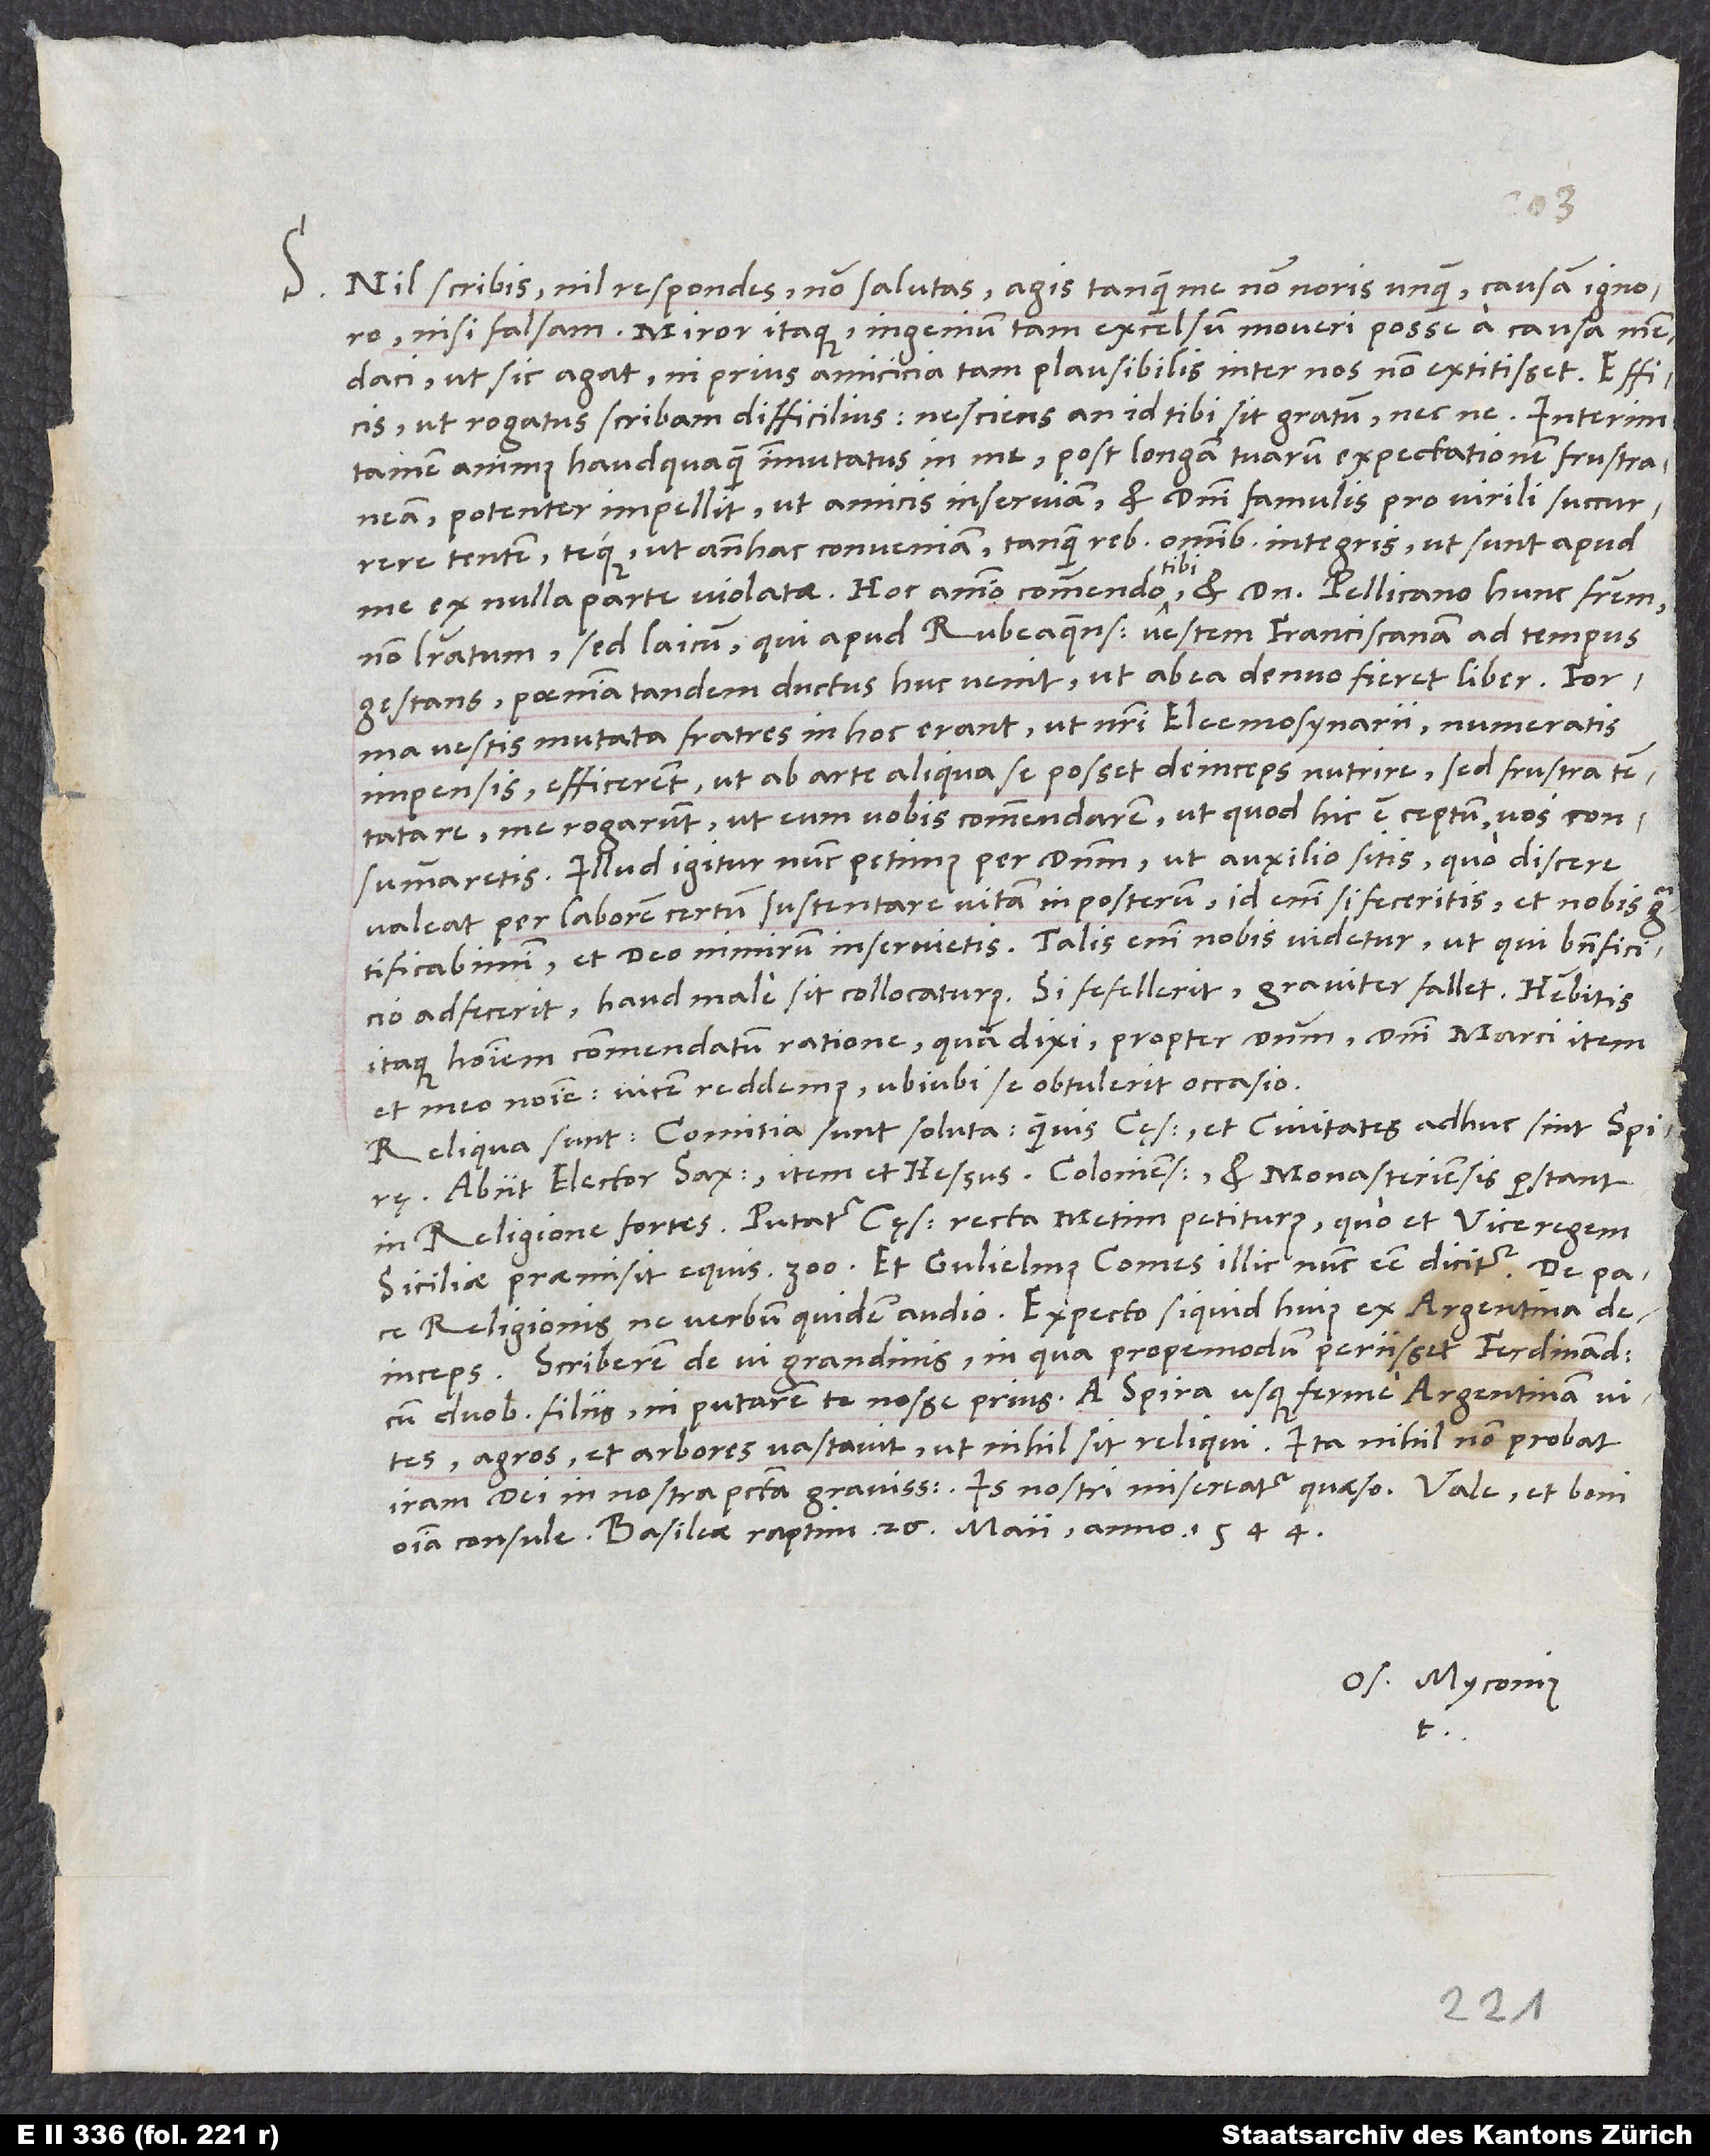
S. Nil scribis, nil respondes, non salutas; agis, tanquam me non noris unquam.
nisi falsam. Miror itaque ingenium tam excelsum moveri posse a causa mendaci,
ut sic agat, ni prius amicicia tam plausibilis inter nos non extitisset. Efficis,
ut rogatus scribam difficilius nesciens, an id tibi sit gratum nec ne.
tamen animus, haudquaquam immutatus in me post longam tuarum expectationem frustraneam,
potenter impellit, ut amicis inserviam et domini famulis pro virili succurrere
tentem teque ut antehac conveniam, tanquam rebus omnibus integris, ut sunt apud
tibi
non literatum, sed laicum, qui apud Rubeaquenses vestem Franciscanam ad tempus
gestans poenitentia tandem ductus huc venit, ut ab ea denuo fieret liber.
vestis mutata fratres in hoc erant, ut nostri eleemosynarii numeratis
impensis efficerent, ut ab arte aliqua se posset deinceps nutrire, sed frustra tentata
re me rogarunt, ut eum vobis commendarem, ut, quod hic est ceptum, vos consummaretis.
Illud igitur nunc petimus per dominum, ut auxilio sitis, quo discere
valeat per laborem certum sustentare vitam in posterum; id enim si feceritis, et nobis
gratificabimini et deo nimirum inservietis. Talis enim nobis videtur, ut, qui beneficio
adfecerit, haud male sit collocaturus; si fefellerit, graviter fallet. Habebitis
itaque hominem commendatum ratione, quam dixi, propter dominum, domini Marci item
et meo nomine; vicem reddemus, ubiubi se obtulerit occasio.
Reliqua sunt: Comitia sunt soluta, quamvis cęsar et civitates adhuc sint Spirę.
Abiit elector Saxoniae, item et Hessus. Coloniensis et Monasteriensis perstant
in religione fortes. Putatur cęsar recta Metim petiturus, quo et viceregem
Siciliae praemisit equis 300. Et Gulielmus comes illic nunc esse dicitur. De pace
religionis ne verbum quidem audio. Expecto, si quid huius ex Argentina
deinceps. Scriberem de vi grandinis, in qua propemodum periisset Ferdinandus
cum duobus filiis, ni putarem te nosse prius. A Spira usque ferme Argentinam vites,
agros et arbores vastavit, ut nihil sit reliqui. Ita nihil non probat
iram dei in nostra peccata gravissima. Is nostri misereatur, quaeso.
omnia consule. Basileae, raptim, 26. maii anno 1544.
Os. Myconius